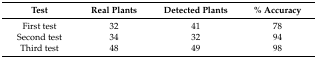
<table><thead><tr><td><b>Test</b></td><td><b>Real Plants</b></td><td><b>Detected Plants</b></td><td><b>% Accuracy</b></td></tr></thead><tbody><tr><td>First test</td><td>32</td><td>41</td><td>78</td></tr><tr><td>Second test</td><td>34</td><td>32</td><td>94</td></tr><tr><td>Third test</td><td>48</td><td>49</td><td>98</td></tr></tbody></table>